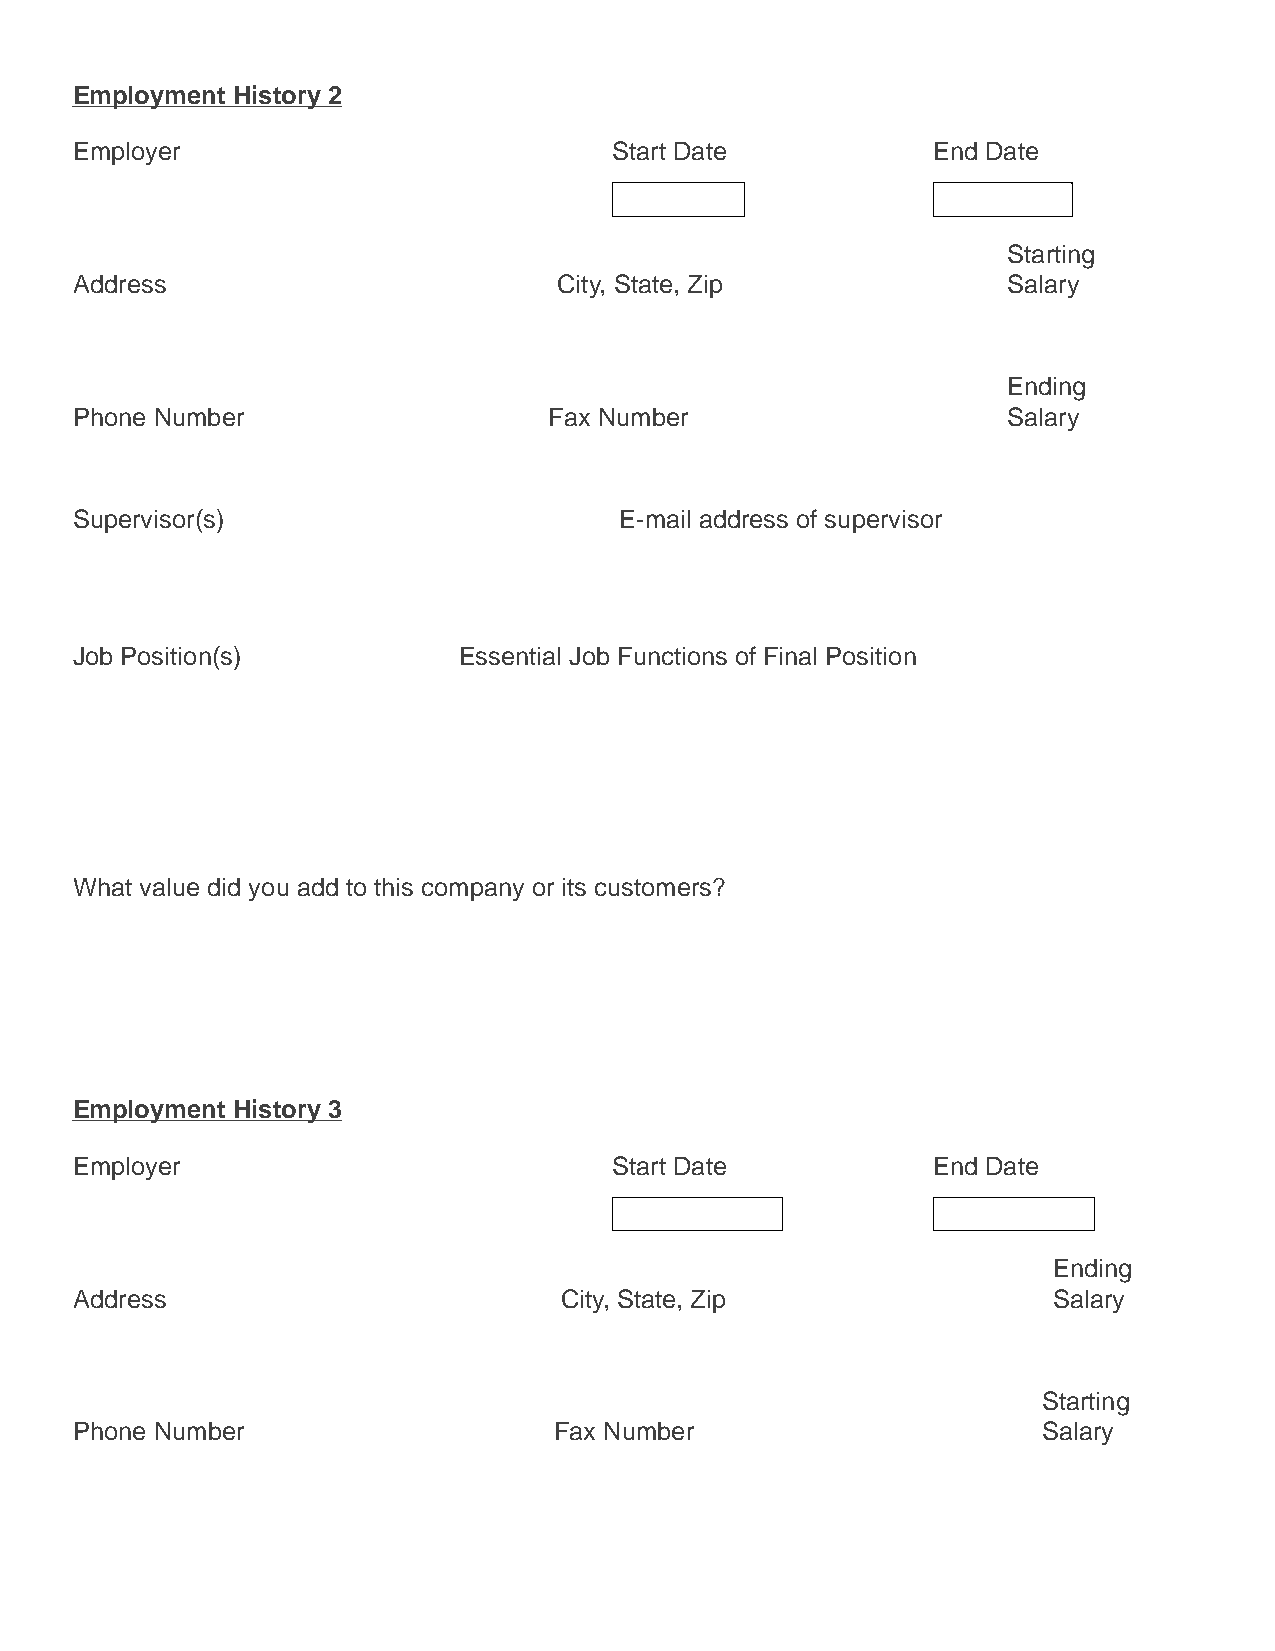
Employment History 2
 Employer                            Start Date           End Date
 Starting
 Address                         City, State, Zip              Salary
 Ending
 Phone Number                   Fax Number                     Salary
 Supervisor(s)                       E-mail address of supervisor
 Job Position(s)          Essential Job Functions of Final Position
 What value did you add to this company or its customers?
 Employment History 3
 Employer                            Start Date           End Date
 Ending
 Address                         City, State, Zip                 Salary
 Starting
 Phone Number                    Fax Number                      Salary